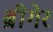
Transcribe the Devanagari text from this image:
ब्रीगेर